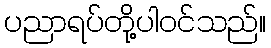
ပညာရပ်တို့ပါဝင်သည်။